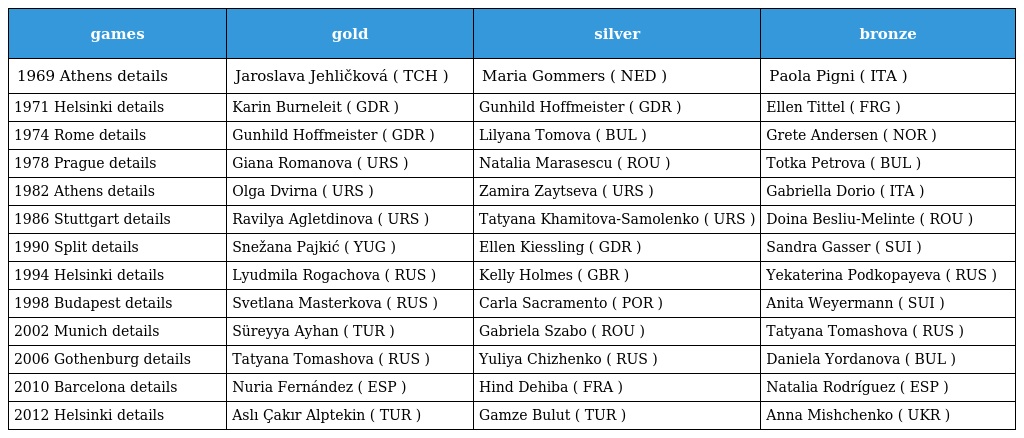
| games | gold | silver | bronze |
 | --- | --- | --- | --- |
 | 1969 Athens details | Jaroslava Jehličková ( TCH ) | Maria Gommers ( NED ) | Paola Pigni ( ITA ) |
 | 1971 Helsinki details | Karin Burneleit ( GDR ) | Gunhild Hoffmeister ( GDR ) | Ellen Tittel ( FRG ) |
 | 1974 Rome details | Gunhild Hoffmeister ( GDR ) | Lilyana Tomova ( BUL ) | Grete Andersen ( NOR ) |
 | 1978 Prague details | Giana Romanova ( URS ) | Natalia Marasescu ( ROU ) | Totka Petrova ( BUL ) |
 | 1982 Athens details | Olga Dvirna ( URS ) | Zamira Zaytseva ( URS ) | Gabriella Dorio ( ITA ) |
 | 1986 Stuttgart details | Ravilya Agletdinova ( URS ) | Tatyana Khamitova-Samolenko ( URS ) | Doina Besliu-Melinte ( ROU ) |
 | 1990 Split details | Snežana Pajkić ( YUG ) | Ellen Kiessling ( GDR ) | Sandra Gasser ( SUI ) |
 | 1994 Helsinki details | Lyudmila Rogachova ( RUS ) | Kelly Holmes ( GBR ) | Yekaterina Podkopayeva ( RUS ) |
 | 1998 Budapest details | Svetlana Masterkova ( RUS ) | Carla Sacramento ( POR ) | Anita Weyermann ( SUI ) |
 | 2002 Munich details | Süreyya Ayhan ( TUR ) | Gabriela Szabo ( ROU ) | Tatyana Tomashova ( RUS ) |
 | 2006 Gothenburg details | Tatyana Tomashova ( RUS ) | Yuliya Chizhenko ( RUS ) | Daniela Yordanova ( BUL ) |
 | 2010 Barcelona details | Nuria Fernández ( ESP ) | Hind Dehiba ( FRA ) | Natalia Rodríguez ( ESP ) |
 | 2012 Helsinki details | Aslı Çakır Alptekin ( TUR ) | Gamze Bulut ( TUR ) | Anna Mishchenko ( UKR ) |